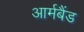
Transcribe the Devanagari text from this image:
आर्मबैंड